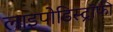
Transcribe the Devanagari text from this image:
लाइपोडिस्ट्रॉफी